Annual administration and progress report of the Indian Medical Department, Bombay
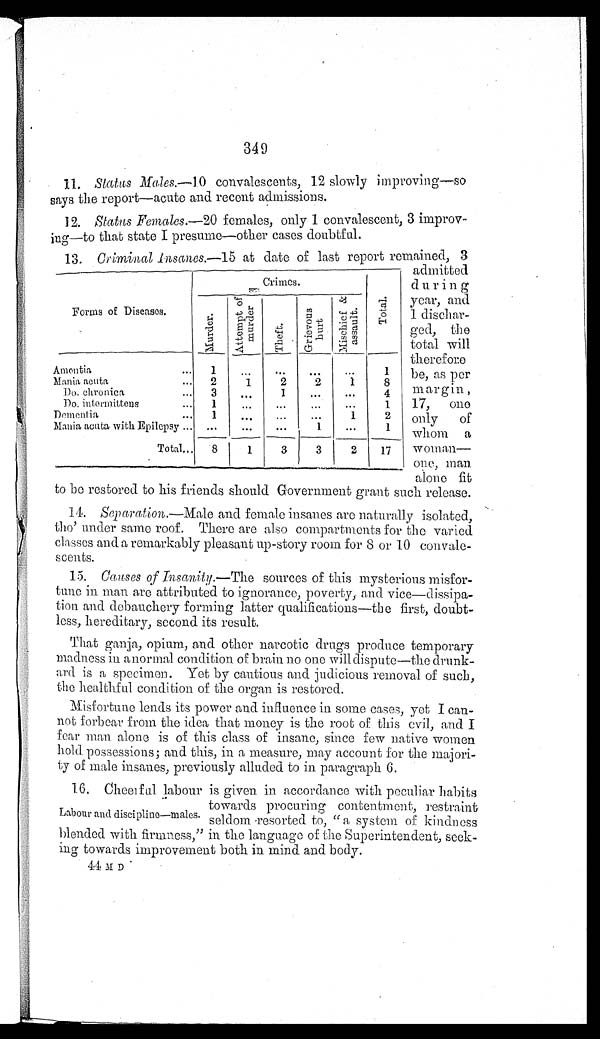
349
11. Status Males.— 10 convalescents, 12 slowly improving—so
says the report—acute and recent admissions.
12. Status Females.-20 females, only 1 convalescent, 3 improv-
ing—to that state I presume—other cases doubtful.
13. Criminal Insanes.-15 at date of last report remained, 3
admitted
d u r i n g
year, and
1 dischar-
ged, the
total will
therefore
be, as per
margin
17, one
only
of
whom a
wo M an—
one, man.
alone fit
to be restored to his friends should Government grant such release.
14. Separation.—Male and female insanes are naturally isolated,
tho' under same roof. There are also compartments for the varied
classes and a remarkably pleasant up-story room for 8 or 10 convale-
scents.
15. Causes of Insanity . —The sources of this mysterious misfor-
- t u n e i n m a n a r e a t t r i b u t e d t o i g n o r a n c e , p o v e r t y , a n d v i c e — d i s s i p a -
tion and debauchery forming latter qualifications—the first, doubt--
less, hereditary, second its result.
That ganja, opium, and other narcotic drugs produce temporary
madness in anormal condition of brain no one will dispute—the drunk-
ard is a specimen. Yet by cautious and judicious removal of such,
the healthful condition of the organ is restored.
Misfortune lends its power and influence in some cases, yet I can-
not forbear from the idea that money is the root of this evil, and I
fear man alone is of this class of insane, since few native women
hold possessions; and this, in a measure, may account for the majori--
ty of male insanes, previously alluded to in paragraph 6.
16. Cheerful labour is given in accordance with peculiar habits
towards procuring contentment, restraint
Labour and discipline—males. seldom resorted to, "a system of kindness
blended with firmness," in the language of the Superintendent, seek-
ing towards improvement both in mind and body.
44 m D
Forms of Diseases.
Crimes.
.
Tot al .
Mar der .
Attempt
of
marder.
T' heft.
Grievou
s
burt
M i s c h i e f & a s s a u l t .
Amentia
...
. ..
...
...
. . .
1
Mania acuta
...
2
1
2
2
1
8
Do. chronica
...
3
. . .
1
. . .
. . .
4
Do. intermittens
...
1
. . . ...
...
...
1
Dementia
1
. . .
. . .
. . .
1
2
Mania acuta with Epilepsy ... ...
...
...
1
...
1
Total
8
1
3
3
2
17